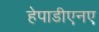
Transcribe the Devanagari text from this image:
हेपाडीएनए